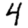
Digit: 4